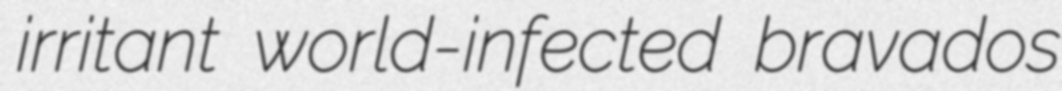
irritant world-infected bravados